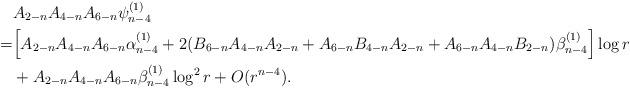
LaTeX: \begin{align*}&A_{2-n}A_{4-n}A_{6-n}\psi_{n-4}^{(1)}\\=&\Big[A_{2-n}A_{4-n}A_{6-n}\alpha_{n-4}^{(1)}+2(B_{6-n}A_{4-n}A_{2-n}+A_{6-n}B_{4-n}A_{2-n}+A_{6-n}A_{4-n}B_{2-n})\beta_{n-4}^{(1)}\Big]\log r\\&+A_{2-n}A_{4-n}A_{6-n}\beta_{n-4}^{(1)}\log^2 r+O(r^{n-4}).\end{align*}